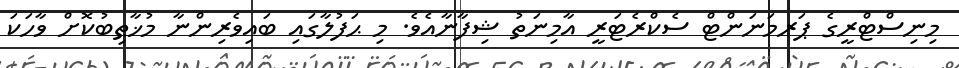
މިނިސްޓްރީގެ ޕަރމަނަންޓް ސެކްރެޓަރީ އާމިނަތު ޝިފާނާއެވެ. މި ޙަފުލާގައި ބައިވެރިންނާ މުޚާޠިބުކޮށް ވާހަކަ